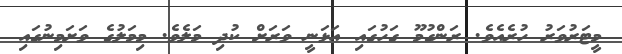
މީޓަރުވަރު ހުރެއެވެ. ރަންގުމޫ ގަހުގައި އަޅަނީ ވަރަށް ކުދި މަލެވެ. މިމަލުގެ ވަށަމިނުގައި